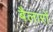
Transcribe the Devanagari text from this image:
बैलारों